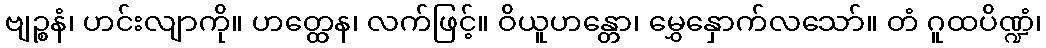
ဗျဉ္စနံ၊ ဟင်းလျာကို။ ဟတ္ထေန၊ လက်ဖြင့်။ ဝိယူဟန္တော၊ မွှေနှောက်လသော်။ တံ ဂူထပိဏ္ဍံ၊